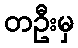
တဦးမှ